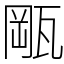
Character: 𤭛